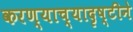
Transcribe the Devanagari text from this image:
करण्याच्यादृष्टीने